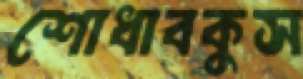
শোধাবকুস